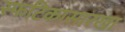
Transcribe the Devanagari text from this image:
स्फटिकासारखा